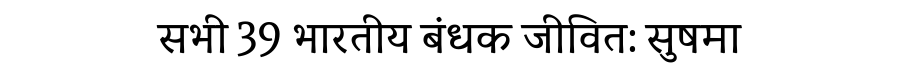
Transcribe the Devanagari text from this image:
सभी 39 भारतीय बंधक जीवित: सुषमा